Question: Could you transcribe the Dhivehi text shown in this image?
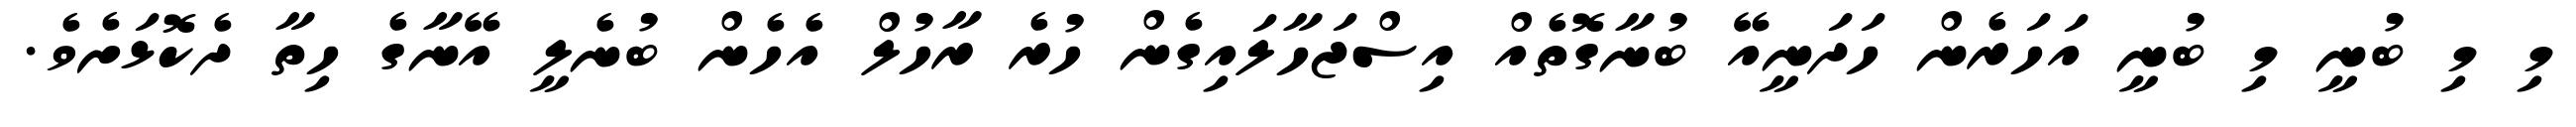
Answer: މި މި ބުނީ މި ބުނީ އަހަރެން ހަދަނީއޭ ބުނާގޮތެއް އިސްޖަހާލައިގެން ހުރެ ރާހުލް އެހެން ބުނެލީ އޭނާގެ ހިތާ ދެކޮޅަށެވެ.